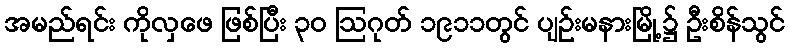
အမည်ရင်း ကိုလှဖေ ဖြစ်ပြီး ၃၀ ဩဂုတ် ၁၉၁၁တွင် ပျဉ်းမနားမြို့၌ ဦးစိန်သွင်